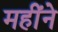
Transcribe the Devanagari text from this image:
महींने